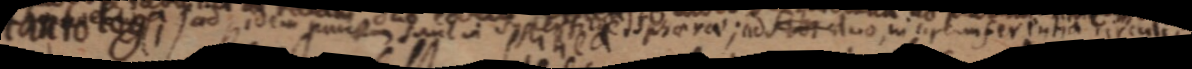
tanto loga ad idem ponem sunt in superficie sphaerae; ad sibi duo in circumferentia circuli.